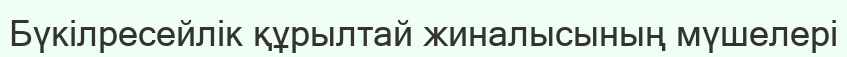
Бүкілресейлік құрылтай жиналысының мүшелері